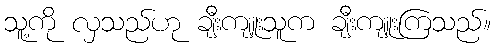
သူ့ကို လှသည်ဟု ချီးကျူးသူက ချီးကျူးကြသည်။